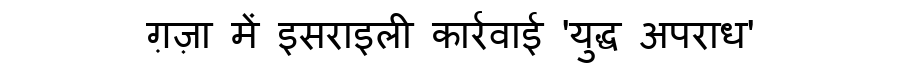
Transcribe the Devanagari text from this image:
ग़ज़ा में इसराइली कार्रवाई 'युद्ध अपराध'